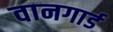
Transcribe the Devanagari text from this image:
वानगार्ड